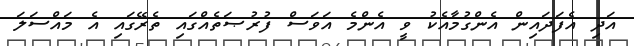
އަދި އެފަދައިން އެންގުމާއެކު ވީ އެންމެ އަވަސް ފުރުޞަތެއްގައި ތެރޭގައި އެ މައްސަލަ